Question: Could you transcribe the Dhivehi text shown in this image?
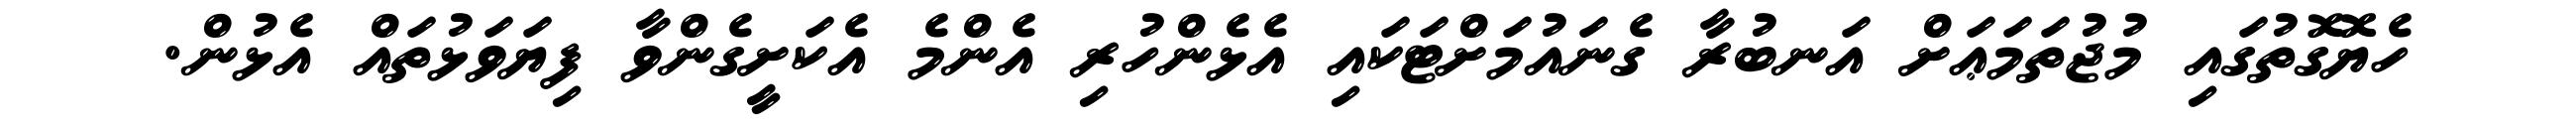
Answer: ހެޔޮގޮތުގައި މުޖުތަމަޢަށް އަނބުރާ ގެނައުމަށްޓަކައި އެޅެންހުރި އެންމެ އެކަށީގެންވާ ފިޔަވަޅުތައް އެޅުން.